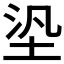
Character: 𡋋